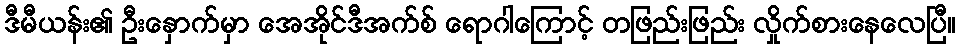
ဒီမီယန်း၏ ဦးနှောက်မှာ အေအိုင်ဒီအက်စ် ရောဂါကြောင့် တဖြည်းဖြည်း လှိုက်စားနေလေပြီ။